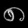
Digit: ၈